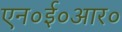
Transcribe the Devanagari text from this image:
एन०ई०आर०